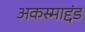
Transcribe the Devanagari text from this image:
अकस्माद्दंड